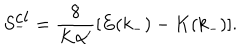
S _ { - } ^ { \mathrm { c l } } = \frac { 8 } { K \alpha ^ { \prime } } [ E ( k _ { - } ) - K ( k _ { - } ) ] .